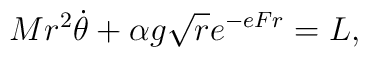
Mr^2\dot\theta +\alpha g {\sqrt r}e^{-eFr}=L,